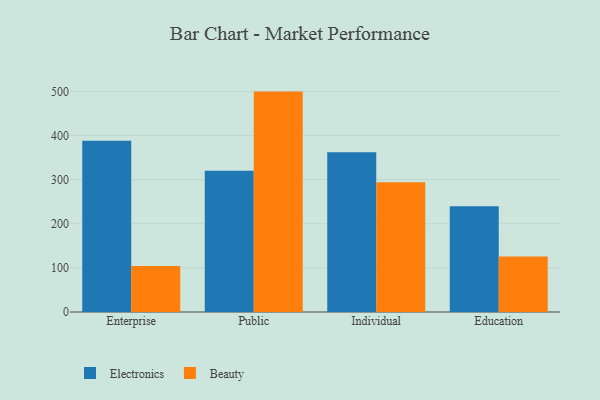
{"axis": {"x": "Segment", "y": "Tickets Resolved"}, "legend": ["Beauty", "Electronics"], "data": [{"x": "Enterprise", "y": 387.9, "type": "Electronics"}, {"x": "Enterprise", "y": 104.5, "type": "Beauty"}, {"x": "Public", "y": 320.3, "type": "Electronics"}, {"x": "Public", "y": 499.4, "type": "Beauty"}, {"x": "Individual", "y": 361.8, "type": "Electronics"}, {"x": "Individual", "y": 294.0, "type": "Beauty"}, {"x": "Education", "y": 239.5, "type": "Electronics"}, {"x": "Education", "y": 125.7, "type": "Beauty"}]}